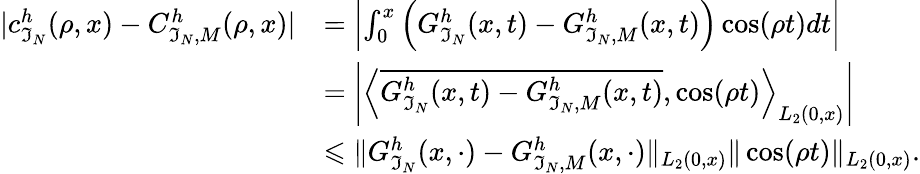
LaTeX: \begin{array}{rl}{|c_{\mathfrak{I}_{N}}^{h}(\rho,x)-C_{\mathfrak{I}_{N},M}^{h}(\rho,x)|}&{=\left|\int_{0}^{x}\left(G_{\mathfrak{I}_{N}}^{h}(x,t)-G_{\mathfrak{I}_{N},M}^{h}(x,t)\right)\cos(\rho t)dt\right|}\\ &{=\left|\left\langle\overline{{G_{\mathfrak{I}_{N}}^{h}(x,t)-G_{\mathfrak{I}_{N},M}^{h}(x,t)}},\cos(\rho t)\right\rangle_{L_{2}(0,x)}\right|}\\ &{\leqslant\| G_{\mathfrak{I}_{N}}^{h}(x,\cdot)-G_{\mathfrak{I}_{N},M}^{h}(x,\cdot)\| _{L_{2}(0,x)}\| \cos(\rho t)\| _{L_{2}(0,x)}.}\end{array}